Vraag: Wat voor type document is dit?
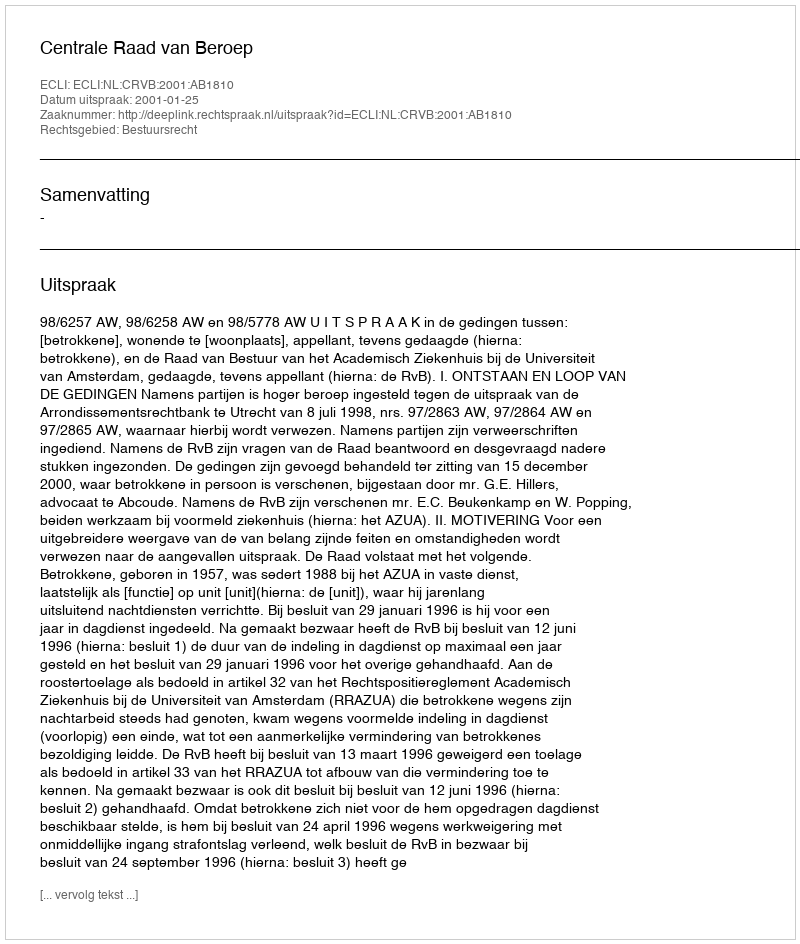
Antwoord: Uitspraak